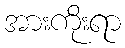
အားကိုးရာ